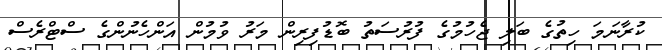
ކުރާނަމަ ހިތުގެ ބަލި ޖެހުމުގެ ފުރުސަތު ބޮޑުފިރިން މަރު ވުމުން އަންހެނުންގެ ސްޓްރެސް